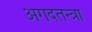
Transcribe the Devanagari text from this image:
अगदतन्त्रा